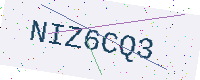
Text: NIZ6CQ3